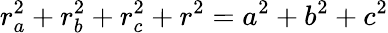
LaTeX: \displaystyle r_{a}^{2}+r_{b}^{2}+r_{c}^{2}+r^{2}=a^{2}+b^{2}+c^{2}